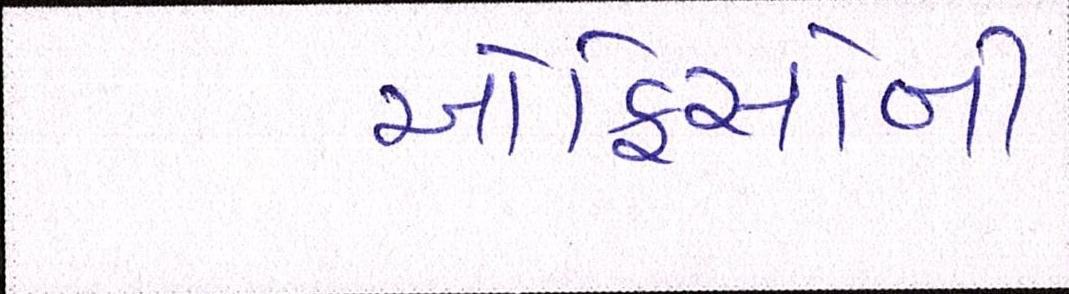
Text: ઓફિસોની